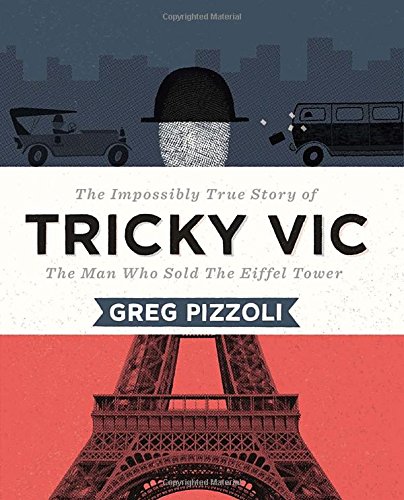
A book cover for Tricky Vic: The Impossibly True Story of the Man Who Sold the Eiffel Tower; Greg Pizzoli; Children's Books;